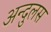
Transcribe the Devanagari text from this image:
अन्दुलस